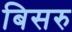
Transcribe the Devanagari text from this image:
बिसरु